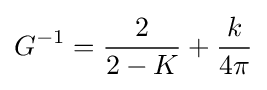
G^{-1}={\frac {2}{2-K}}+{\frac {k}{4\pi }}